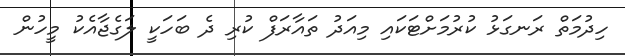
ހިދުމަތް ރަނގަޅު ކުރުމަށްޓަކައި މިއަދު ތައާރަފް ކުރި ދެ ބަހަކީ ލަގެޖާއެކު މީހުން